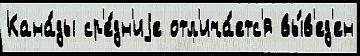
Кана́ды ср'е́дн'иjе отл'ича́етс'я вы́в'ед'ен